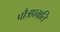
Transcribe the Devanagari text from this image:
पौत्रप्रभ्रति